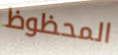
المحظوظ